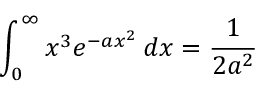
\int _ { 0 } ^ { \infty } { x ^ { 3 } e ^ { - a x ^ { 2 } } \, d x } = { \frac { 1 } { 2 a ^ { 2 } } }